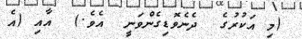
(މި އަކުރުގެ  ދެނެވޮޑިގެންވަނީ  އެވެ.)  އާއި (އެ